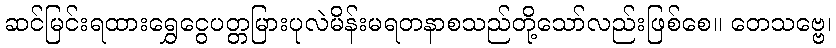
ဆင်မြင်းရထားရွှေငွေပတ္တမြားပုလဲမိန်းမရတနာစသည်တို့သော်လည်းဖြစ်စေ။ တေသဗ္ဗေ၊